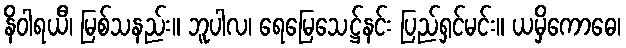
နိဝါရယီ၊ မြစ်သနည်း။ ဘူပါလ၊ ရေမြေသေဋ္ဌ်နင်း ပြည်ရှင်မင်း။ ယမှိကောဓေ၊